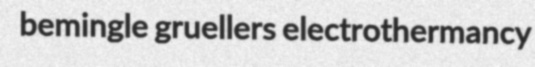
bemingle gruellers electrothermancy